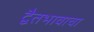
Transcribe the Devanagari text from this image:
द्वैतभावाचा